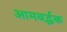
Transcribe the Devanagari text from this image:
आमवर्द्धक